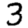
Digit: 3